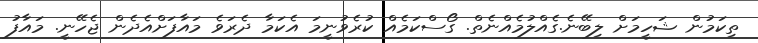
ތިކަމުން ޝަހީމަށް ލިބޭނެ.ގެއްލުމެއްނެތް. ގޯސްކަމެއް ކުރެވުނީމަ އެކަމާ ދެރަވެ މައާފަށްއެދެން ޖެހޭނީ. މައާފު